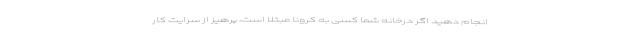
انجام دهید اگر درخانه شما کسی به کرونا مبتلا است، پرهیز از سرایت کار